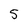
Character: 5